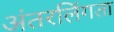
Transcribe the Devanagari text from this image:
अंतरलिंगता